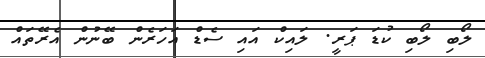
ލޯބި ލޯބި ކުޑަ ޕަރީ. ލައިކް އައި ސެޑް އަހަރެން ބޭނުން އެރޭތައް